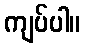
ကျပ်ပါ။